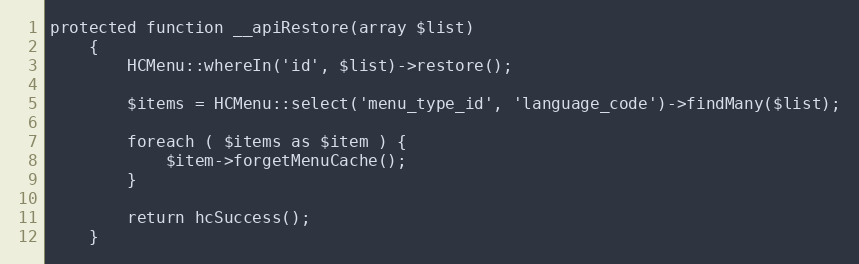
Language: PHP
protected function __apiRestore(array $list)
    {
        HCMenu::whereIn('id', $list)->restore();

        $items = HCMenu::select('menu_type_id', 'language_code')->findMany($list);

        foreach ( $items as $item ) {
            $item->forgetMenuCache();
        }

        return hcSuccess();
    }